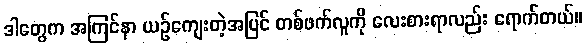
ဒါတွေက အကြင်နာ ယဉ်ကျေးတဲ့အပြင် တစ်ဖက်လူကို လေးစားရာလည်း ရောက်တယ်။